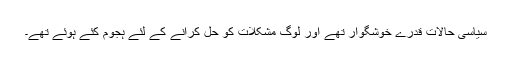
سیاسی حالات قدرے خوشگوار تھے اور لوگ مشکلات کو حل کرانے کے لئے ہجوم کئے ہوئے تھے۔